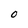
Character: O